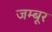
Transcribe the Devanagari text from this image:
जम्बूर